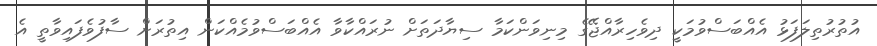
އުތުރުތިލަފަޅު އެއްބަސްވުމަކީ ދިވެހިރާއްޖޭގެ މިނިވަންކަމާ ސިޔާދަތަށް ނުރައްކާވާ އެއްބަސްވުމެއްކަން އިތުރަށް ސާފުވެފައިވާތީ އެ